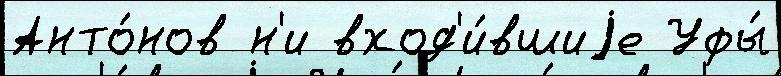
Анто́нов н'и вход'и́вшиjе Уфы́